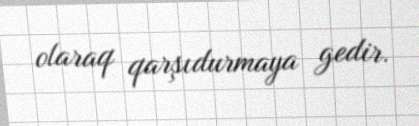
olaraq qarşıdurmaya gedir.